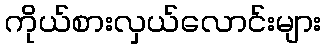
ကိုယ်စားလှယ်လောင်းများ